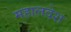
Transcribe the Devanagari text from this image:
महालदेश